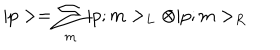
| p > = \sum _ { m } | p ; m > _ { L } \otimes | p ; m > _ { R }